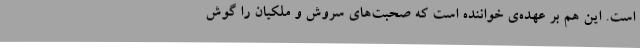
است. این هم بر عهده‌ی خواننده است که صحبت‌های سروش و ملکیان را گوش